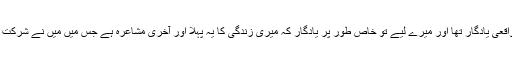
وہ مشاعرہ واقعی یادگار تھا اور میرے لیے تو خاص طور پر یادگار کہ میری زندگی کا یہ پہلا اور آخری مشاعرہ ہے جس میں میں نے شرکت کی اور سنا۔